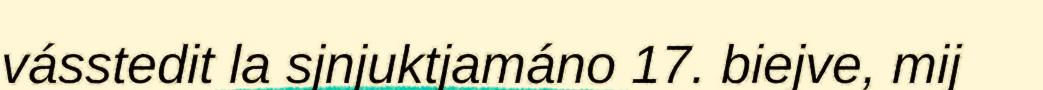
vásstedit la sjnjuktjamáno 17. biejve, mij